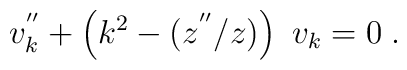
v_k^{''} + \left(k^2 - (z^{''}/z)\right)~v_k =0 \; .